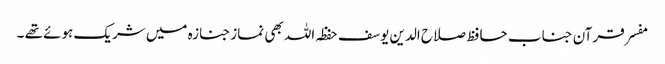
مفسر قرآن جناب حافظ صلاح الدین یوسف حفظہ اللہ بھی نماز جنازہ میں شریک ہوئے تھے ۔